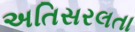
અતિસરલતા